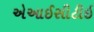
એઆઈસીટીઇ